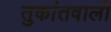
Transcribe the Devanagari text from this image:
तुकांतवाली